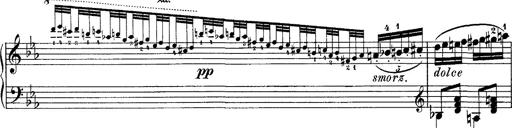
Title: Hungarian Rhapsody No.4
Composer: Franz Liszt
Key: E-flat major